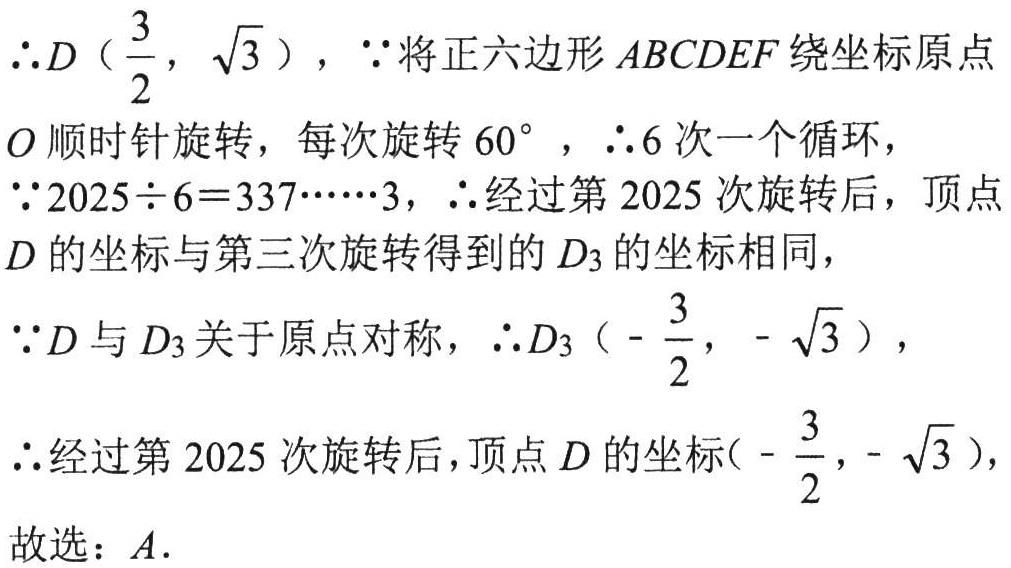
\(\therefore D\left(\frac{3}{2},\sqrt{3}\right),\because\)将正六边形\(ABCDEF\)绕坐标原点\(O\)顺时针旋转，每次旋转\(60^{\circ}\)，\(\therefore6\)次一个循环，\(\because2025\div6 = 337\cdots\cdots3\)，\(\therefore\)经过第\(2025\)次旋转后，顶点\(D\)的坐标与第三次旋转得到的\(D_{3}\)的坐标相同，\(\because D\)与\(D_{3}\)关于原点对称，\(\therefore D_{3}\left(-\frac{3}{2},-\sqrt{3}\right)\)，\(\therefore\)经过第\(2025\)次旋转后，顶点\(D\)的坐标\(\left(-\frac{3}{2},-\sqrt{3}\right)\)，故选：\(A\).